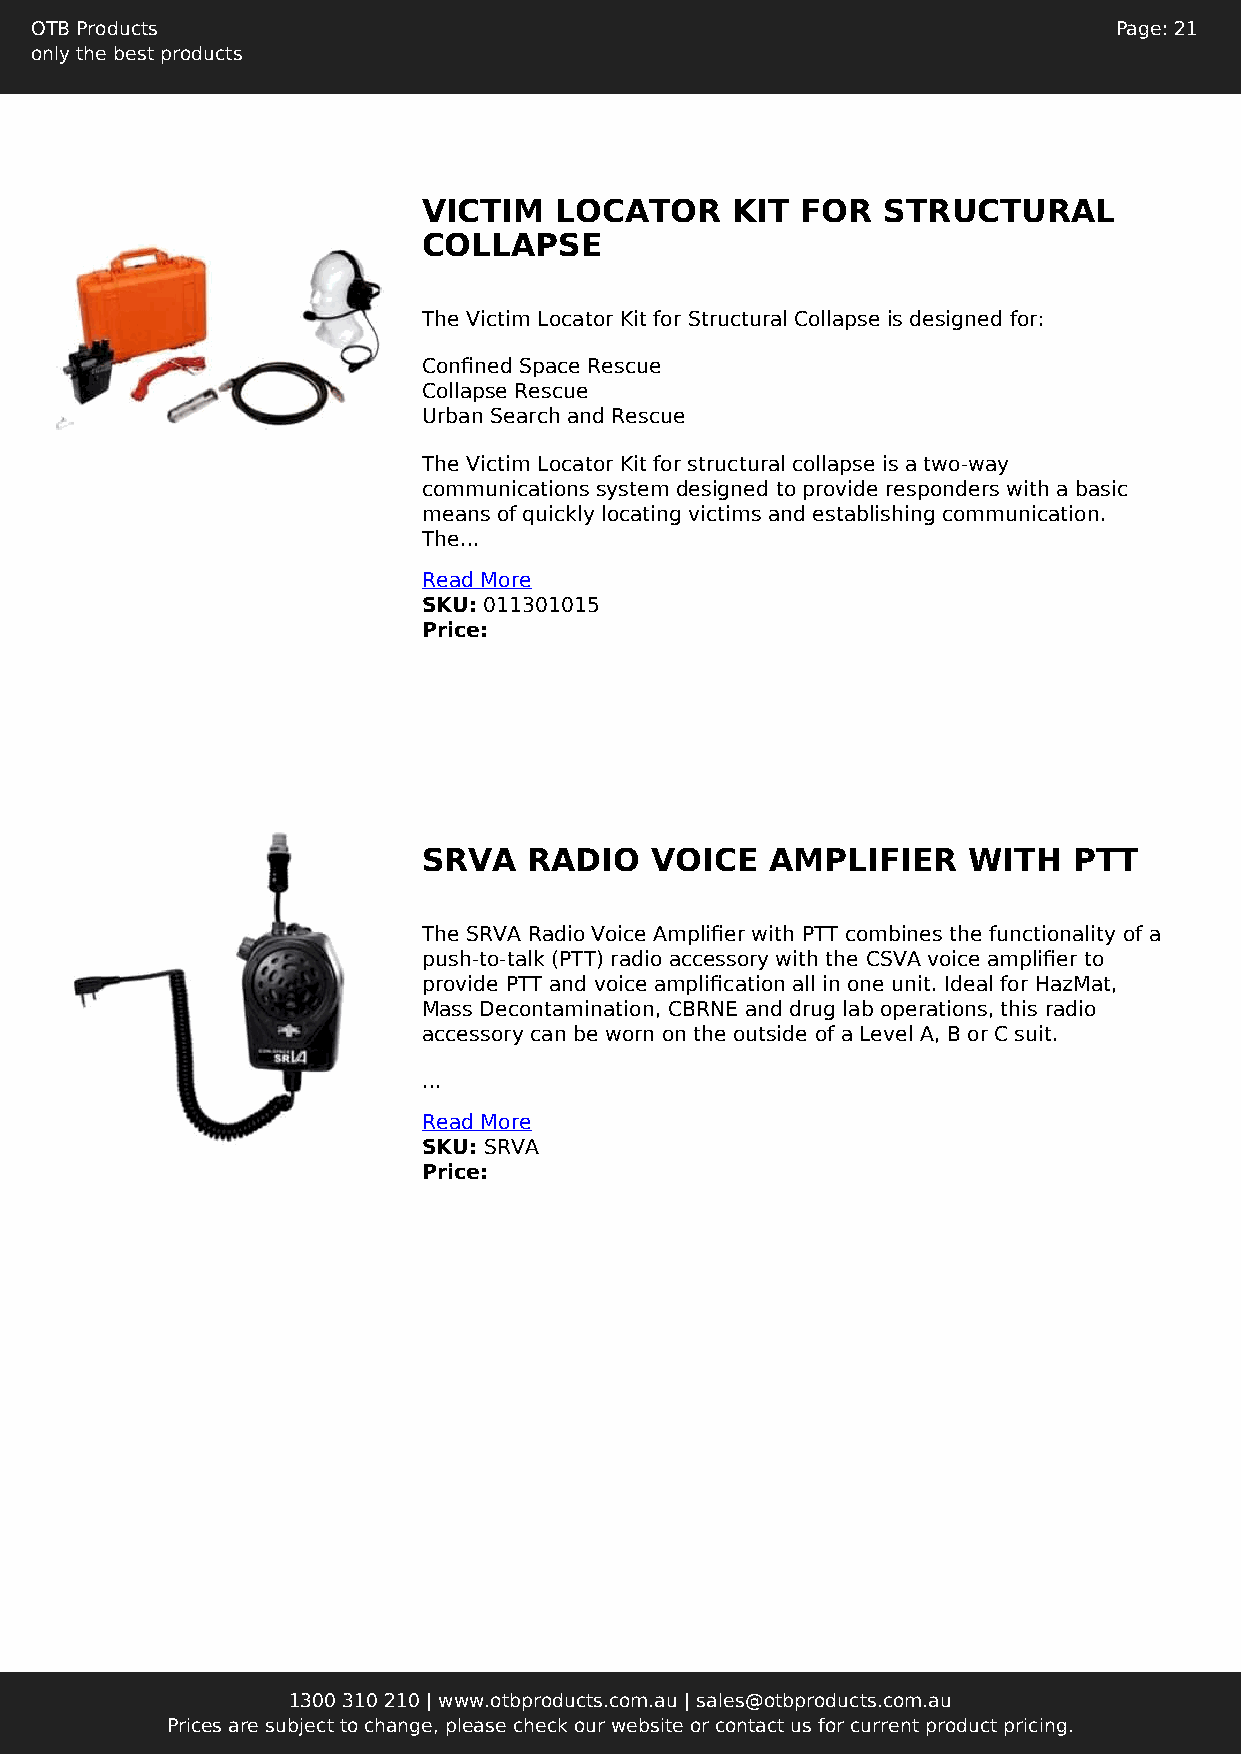
OTB Products                                                            Page: 21
 only the best products
 VICTIM   LOCATOR    KIT  FOR  STRUCTURAL
 COLLAPSE
 The Victim Locator Kit for Structural Collapse is designed for:
 Confined Space Rescue
 Collapse Rescue
 Urban Search and Rescue
 The Victim Locator Kit for structural collapse is a two-way
 communications system designed to provide responders with a basic
 means of quickly locating victims and establishing communication.
 The...
 Read More
 SKU: 011301015
 Price:
 SRVA   RADIO   VOICE   AMPLIFIER    WITH   PTT
 The SRVA Radio Voice Amplifier with PTT combines the functionality of a
 push-to-talk (PTT) radio accessory with the CSVA voice amplifier to
 provide PTT and voice amplification all in one unit. Ideal for HazMat,
 Mass Decontamination, CBRNE and drug lab operations, this radio
 accessory can be worn on the outside of a Level A, B or C suit.
 ...
 Read More
 SKU: SRVA
 Price:
 1300 310 210 | www.otbproducts.com.au | sales@otbproducts.com.au
 Prices are subject to change, please check our website or contact us for current product pricing.